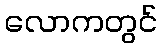
လောကတွင်